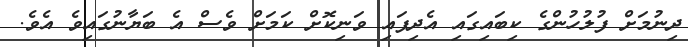
ދިނުމަށް ފުލުހުންގެ ކިބައިގައި އެދިފައި ވަނިކޮށް ކަމަށް ވެސް އެ ބަޔާނުގައިވެ އެވެ.